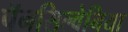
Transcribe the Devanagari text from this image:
पॅनसिल्वेनिया